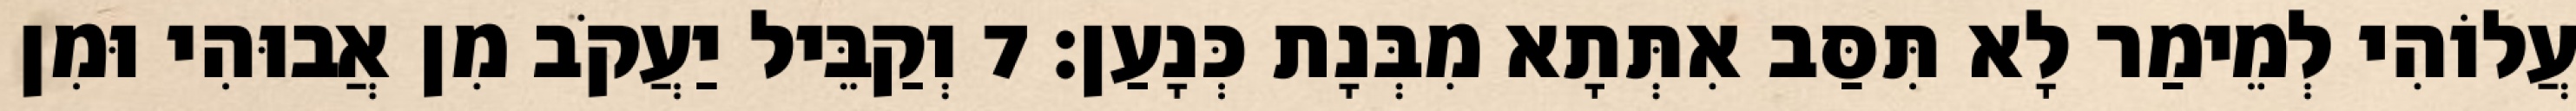
עֲלוֹהִי לְמֵימַר לָא תִּסַּב אִתְּתָא מִבְּנָת כְּנָעַן׃ 7 וְקַבֵּיל יַעֲקֹב מִן אֲבוּהִי וּמִן